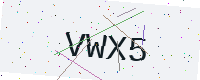
Text: VWX5